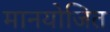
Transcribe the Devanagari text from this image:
मानयोजित